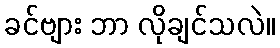
ခင်ဗျား ဘာ လိုချင်သလဲ။